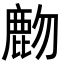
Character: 𪊖